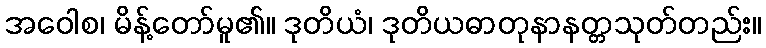
အဝေါစ၊ မိန့်တော်မူ၏။ ဒုတိယံ၊ ဒုတိယဓာတုနာနတ္တသုတ်တည်း။